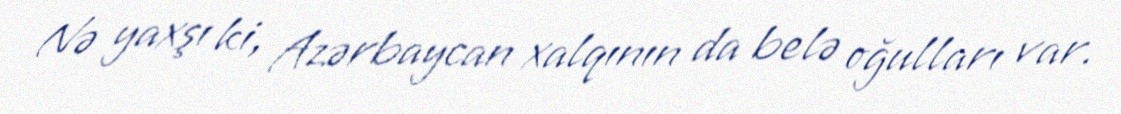
Nə yaxşı ki, Azərbaycan xalqının da belə oğulları var.